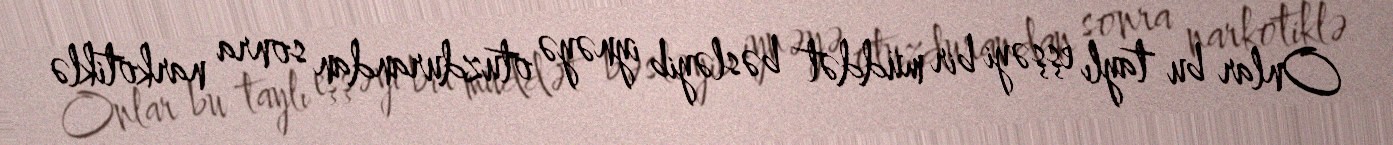
Onlar bu taylı eşşəyi bir müddət bəsləyib iynəyə otuzdurandan sonra narkotiklə